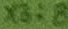
Text: X3:8